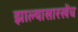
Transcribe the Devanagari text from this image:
झाल्यासारखेंच